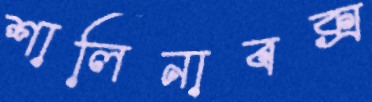
শালিনাবক্স